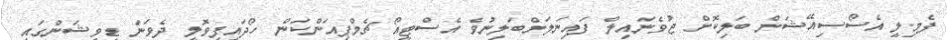
ފެމިލީ އެސޯސިއޭޝަން ބަލިކޮށް ޖުވެނައިލް ފައިނަލަށްބަލިނުވެ އެސްޓީއޯ ޗެމްޕިއަންކަން ހޯދައިފިވޮލީ ދެވަނަ ޑިވިޝަންގައި